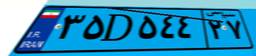
۳۵D۵۴۴۲۷